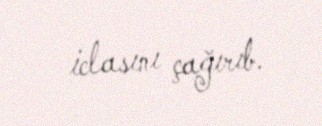
iclasını çağırıb.